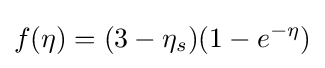
f(\eta )=(3-\eta _{s})(1-e^{-\eta })